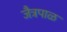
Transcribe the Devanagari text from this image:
जैत्रपाळ